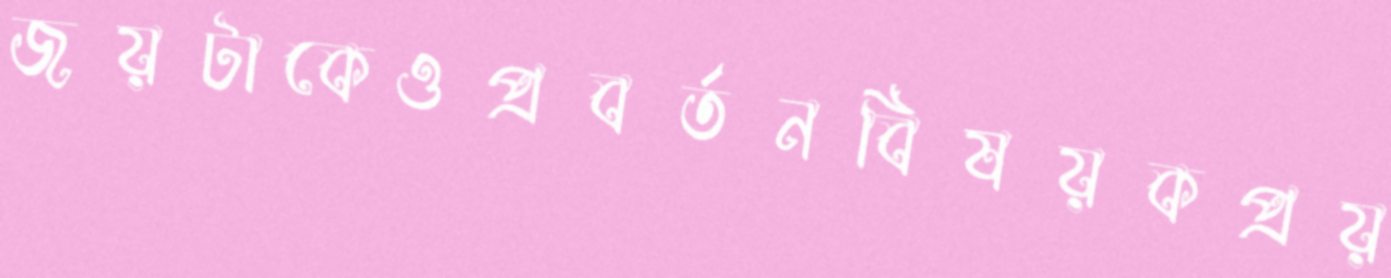
জয়টাকেওপ্রবর্তনবিষয়কপ্রয়